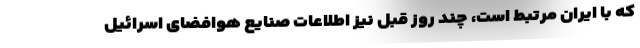
که با ایران مرتبط است، چند روز قبل نیز اطلاعات صنایع هوافضای اسرائیل